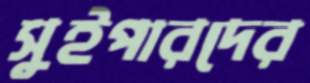
সুইপারদের